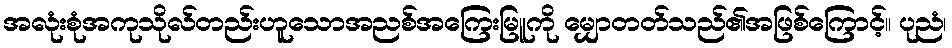
အလုံးစုံအကုသိုလ်တည်းဟူသောအညစ်အကြေးမြူကို မျှောတတ်သည်၏အဖြစ်ကြောင့်။ ပုညံ၊